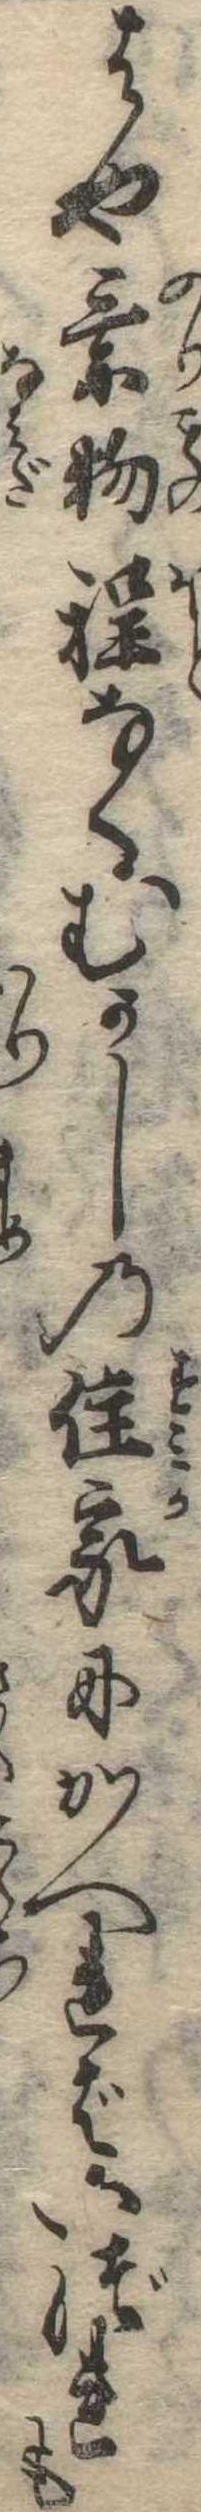
はや乗物程なくむかしの住家にかへればいづれも